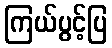
ကြယ်ပွင့်ပြ